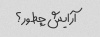
آرایش چطور؟